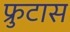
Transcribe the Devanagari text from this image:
फ्रुटास